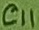
Text: C11